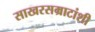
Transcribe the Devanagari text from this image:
साखरसम्राटांशी